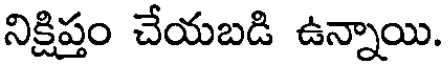
నిక్షిప్తం చేయబడి ఉన్నాయి.